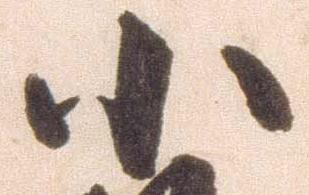
小